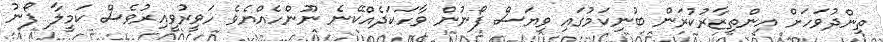
ތިންދުވަހަށް އިންތިޒާރުކުރަން ބުނިކަމުގައި ވިޔަސް ފޯނުން ވާހަކަދެއްކޭނެ ނޫންހެއްޔެވެ ހަވީރުވީއިރުވެސް ކަމީލާ ފޯނު